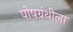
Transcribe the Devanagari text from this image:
पोषग्रंथीला